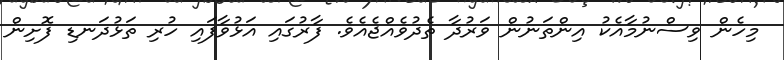
މިހެން ވިސްނުމާއެކު އިންތަނުން ވަރުދާ ތެދުވެއްޖެއެވެ. ފާރުގައި އަޅުވާފައި ހުރި ތަޅުދަނޑި ފޮށިން